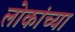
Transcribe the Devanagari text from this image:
लोकांच्‍या